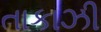
તાકાઝી